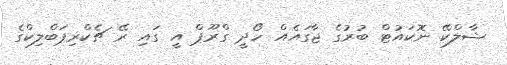
ޝާލްކޭ ނޮކައުޓް ބުރުގެ ޖާގައެއް ހޯދީ ގްރޫޕް އީ ގައި ރޭ ޗެކްރިޕަބްލިކްގެ